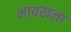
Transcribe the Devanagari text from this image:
भायखला